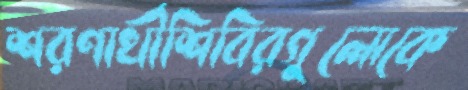
শরণার্থীশিবিরগুলোকে